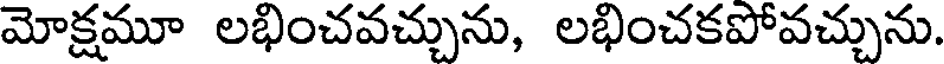
మోక్షమూ లభించవచ్చును, లభించకపోవచ్చును.